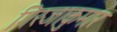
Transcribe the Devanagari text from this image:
गिरजाकुमार